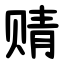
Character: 䞍